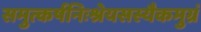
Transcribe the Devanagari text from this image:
समुत्कर्षनिःश्रेयसस्यैकमुग्रं